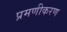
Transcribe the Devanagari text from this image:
प्रमणीकरण